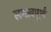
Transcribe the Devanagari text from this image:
लगावपूर्ण